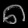
Digit: ၈